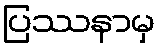
ပြဿနာမှ